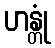
ဟန္တုံ